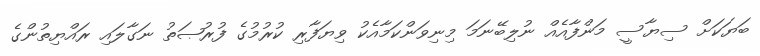
ބަޔަކަށް ސިޔާސީ މަންފާއެއް ނުލިބޭނަމަ މިނިވަންކަމާއެކު ވިޔަފާރި ކުރުމުގެ ފުރުޞަތު ނަގާލައި ރައްޔިތުންގެ